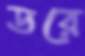
ডরে